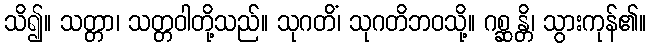
သိ၍။ သတ္တာ၊ သတ္တဝါတို့သည်။ သုဂတိံ၊ သုဂတိဘဝသို့။ ဂစ္ဆန္တိ၊ သွားကုန်၏။